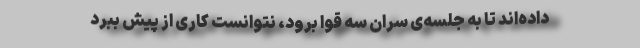
داده‌اند تا به جلسه‌ی سران سه قوا برود، نتوانست کاری از پیش ببرد